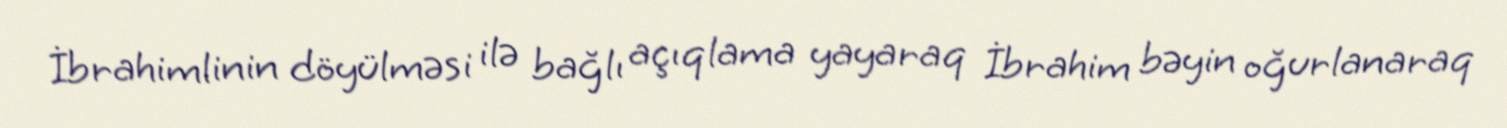
İbrahimlinin döyülməsi ilə bağlı açıqlama yayaraq İbrahim bəyin oğurlanaraq